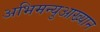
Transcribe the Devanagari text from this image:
अभिमन्युआख्यान